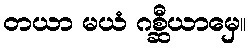
တယာ မယံ ဂစ္ဆီယာမှေ။